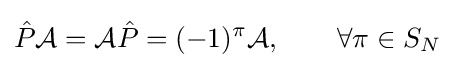
{\hat {P}}{\mathcal {A}}={\mathcal {A}}{\hat {P}}=(-1)^{\pi }{\mathcal {A}},\qquad \forall \pi \in S_{N}